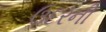
ઉદરની